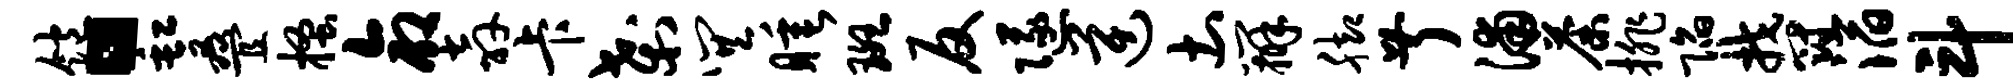
饱。缸叠搔命奔卡刹巽睡斑反隧逆土辨脚叔浦荼排陷郁滔斗和